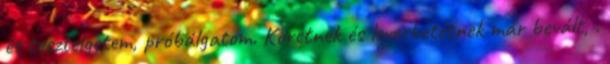
és tesztelgetem, próbálgatom. Köretnek és levesbetétnek már bevált, .